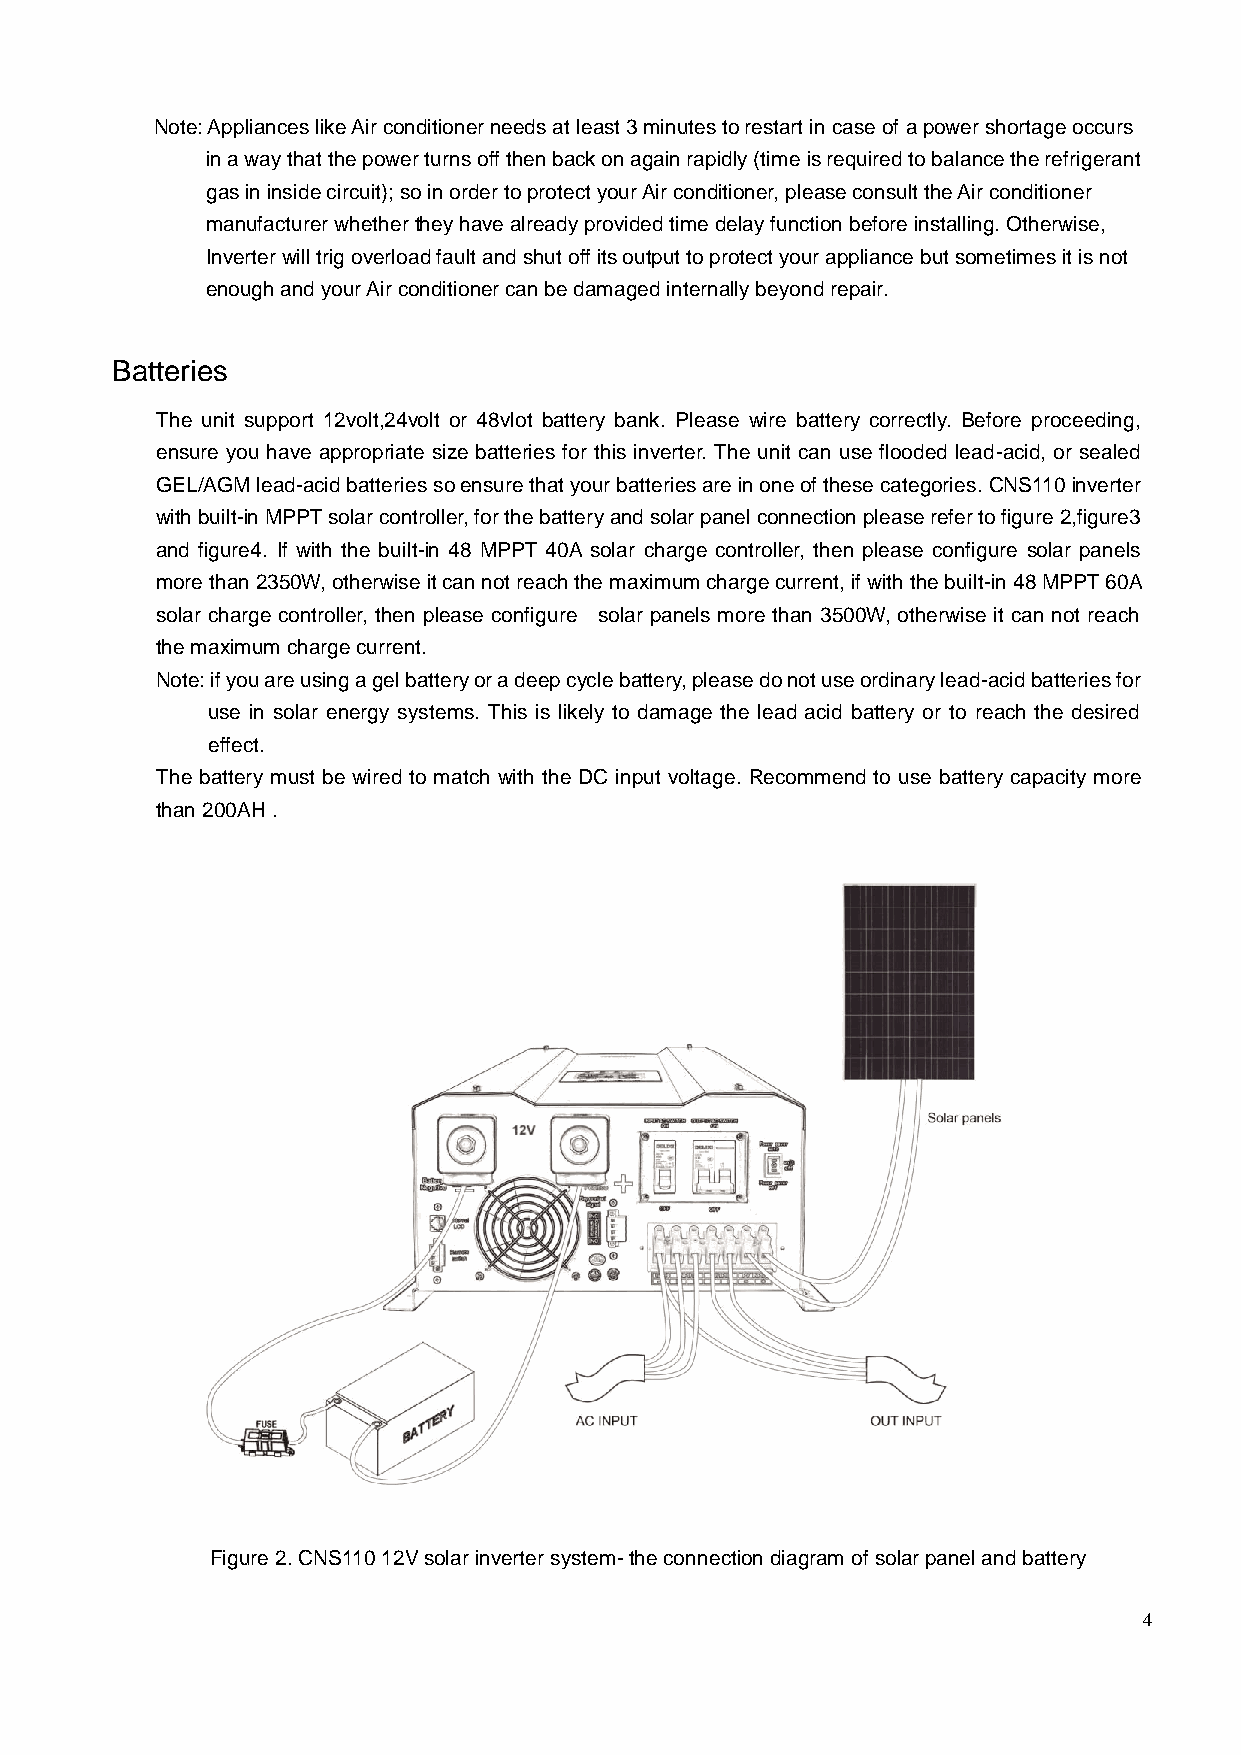
Note: Appliances like Air conditioner needs at least 3 minutes to restart in case of a power shortage occurs
 in a way that the power turns off then back on again rapidly (time is required to balance the refrigerant
 gas in inside circuit); so in order to protect your Air conditioner, please consult the Air conditioner
 manufacturer whether they have already provided time delay function before installing. Otherwise,
 Inverter will trig overload fault and shut off its output to protect your appliance but sometimes it is not
 enough and your Air conditioner can be damaged internally beyond repair.
 Batteries
 The unit support 12volt,24volt or 48vlot battery bank. Please wire battery correctly. Before proceeding,
 ensure you have appropriate size batteries for this inverter. The unit can use flooded lead-acid, or sealed
 GEL/AGM lead-acid batteries so ensure that your batteries are in one of these categories. CNS110 inverter
 with built-in MPPT solar controller, for the battery and solar panel connection please refer to figure 2,figure3
 and figure4. If with the built-in 48 MPPT 40A solar charge controller, then please configure solar panels
 more than 2350W, otherwise it can not reach the maximum charge current, if with the built-in 48 MPPT 60A
 solar charge controller, then please configure solar panels more than 3500W, otherwise it can not reach
 the maximum charge current.
 Note: if you are using a gel battery or a deep cycle battery, please do not use ordinary lead-acid batteries for
 use in solar energy systems. This is likely to damage the lead acid battery or to reach the desired
 effect.
 The battery must be wired to match with the DC input voltage. Recommend to use battery capacity more
 than 200AH .
 Figure 2. CNS110 12V solar inverter system- the connection diagram of solar panel and battery
 4